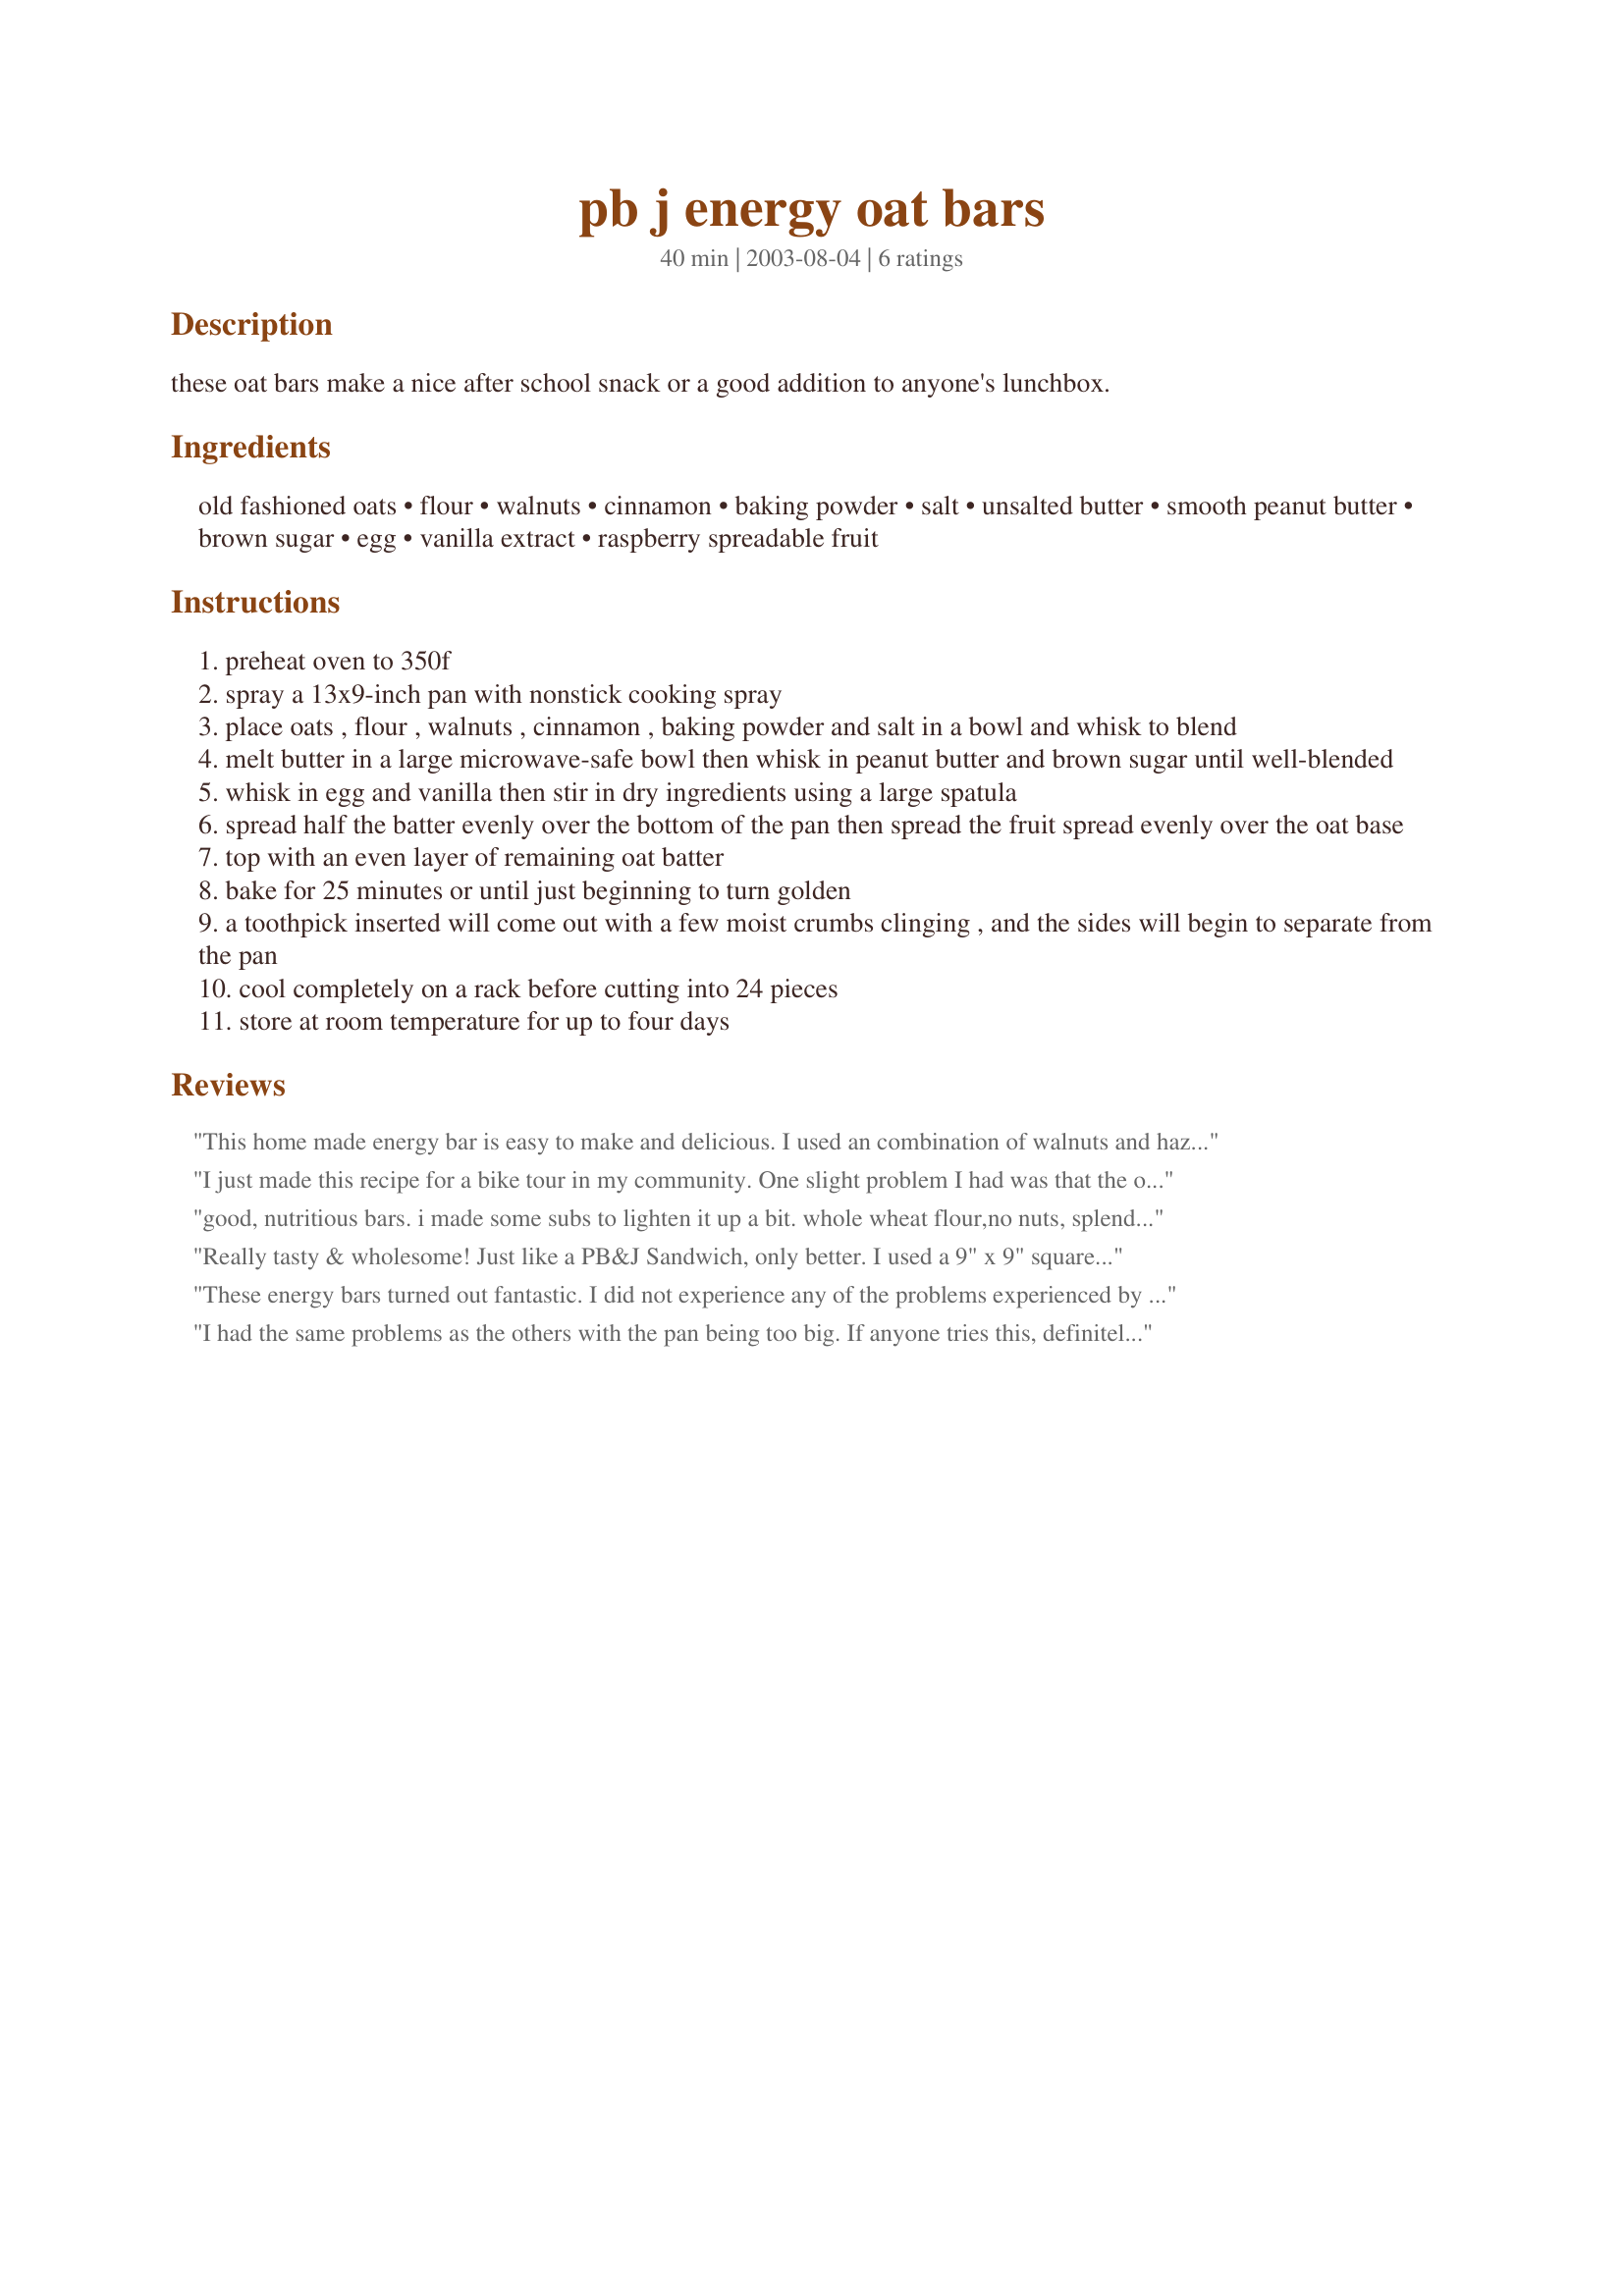
pb j energy oat bars
Preparation time: 40 minutes

these oat bars make a nice after school snack or a good addition to anyone's lunchbox.

Ingredients:
old fashioned oats, flour, walnuts, cinnamon, baking powder, salt, unsalted butter, smooth peanut butter, brown sugar, egg, vanilla extract, raspberry spreadable fruit

Steps:
preheat oven to 350f
spray a 13x9-inch pan with nonstick cooking spray
place oats , flour , walnuts , cinnamon , baking powder and salt in a bowl and whisk to blend
melt butter in a large microwave-safe bowl then whisk in peanut butter and brown sugar until well-blended
whisk in egg and vanilla then stir in dry ingredients using a large spatula
spread half the batter evenly over the bottom of the pan then spread the fruit spread evenly over the oat base
top with an even layer of remaining oat batter
bake for 25 minutes or until just beginning to turn golden
a toothpick inserted will come out with a few moist crumbs clinging , and the sides will begin to separate from the pan
cool completely on a rack before cutting into 24 pieces
store at room temperature for up to four days

Reviews:
This home made energy bar is easy to make and delicious. I used an combination of walnuts and hazelnuts. and instead of raspberry spreadable fruit I used raspberry jam, which I have had on hand, but I think any other jam would be good, too. I do not have the difficulties described before and the bars were evenly baked. I've wrapped them in aluminium foil and have had them as a snack at work or prior to my running training. They are great, because they are not sticky as commercial ones. They also can be eaten during training (my running group have tried them during our weekly training). My rating is based on the group members rating, which varied between 4 and 5 stars, but with more votes for 5 stars. But important: all wanted more. So, thanks for sharing this recipe.
I just made this recipe for a bike tour in my community. One slight problem I had was that the oat base spread in a 13X9-inch pan (you're supposed to use half of it) than put the other half on top of the spreadable fruit. Well, it didn't quite make the same amount to put on the top as it ook to thinly spread on the base of the pan. Also the edges became brown and hard before the middle and sides became golden and done. They were tasty when finished. . . a real 'healthy/pure' flavor. The recipe was pretty easy to make and called for simple/handy ingredients.

Hopefully the bicyclists will gain energy and find them tasty tomorrow!
good, nutritious bars. i made some subs to lighten it up a bit.
whole wheat flour,no nuts, splenda with a tsp. molassas, 1/2 cup no cal butter spray, 3/4 cup pb, sugar free blackberry jam. i baked in an 8x8 pan and got 16 bars.
Really tasty & wholesome! Just like a PB&J Sandwich, only better. I used a 9" x 9" square glass dish because there did not seem to be enough "batter" to make two layers with in the pan size that this called for. I realized that I only had 1/2 tsp. of vanilla left in my bottle, so I subbed the rest with almond extract which gave this a nice subtle flavor. I let them cool overnight and cut them this morning and there were a bit crumbly on the bottom, but this could be due to the fact that my bars are thicker. I think if the raspberry fruit got to seep through some of the oat mixture, it would help bind it together since it is a sticky substance. But then it might not have that perfect middle layer of fruit. These taste really great and I'd make them again.
These energy bars turned out fantastic. I did not experience any of the problems experienced by the first rater. They were soft, evenly baked, with plenty of oat/nut mixture for the top and bottom. I made this because my husband loves peanut butter and needs easy but healty things to snack on during the day. These worked out great and he likes it, so I'll be making it again. Also, used the blueberry jam I had in the fridge and it was not too sweet. Thank you!!
I had the same problems as the others with the pan being too big. If anyone tries this, definitely use a smaller pan. This recipe really didn't work out for me. It was too dry as well, even though I added some milk. I followed the recipe, except I used a half cup instead of a whole cup of walnuts (and added the milk).
